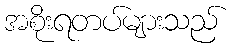
အစိုးရတပ်များသည်